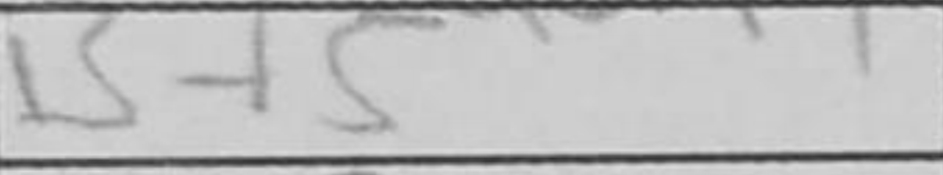
Transcription: Bf5